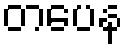
တပေန